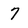
Character: 7